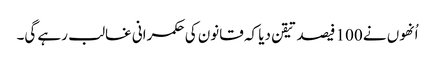
اُنھوں نے 100 فیصد تیقن دیا کہ قانون کی حکمرانی غالب رہے گی۔